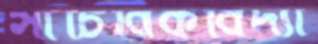
সাচিবিকবিদ্যা